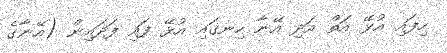
ހިފައި އުޅޭ އަތް އަދި އޭނާ ހިނގައި އުޅޭ ފައި ފަދައިން (އޭނާގެ